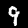
Digit: 9